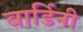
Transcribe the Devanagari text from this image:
बार्डिनी